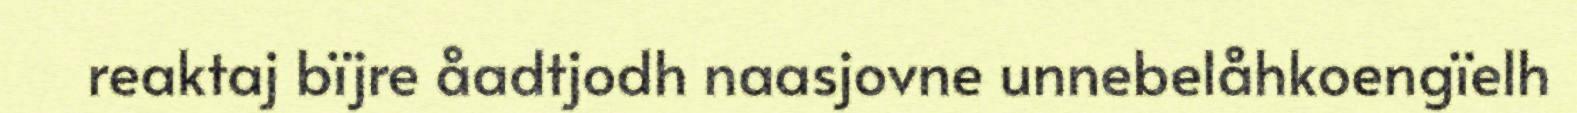
reaktaj bïjre åadtjodh naasjovne unnebelåhkoengïelh